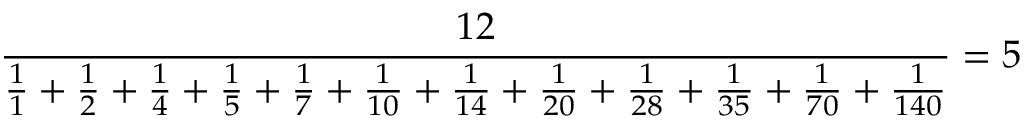
{ \frac { 1 2 } { { \frac { 1 } { 1 } } + { \frac { 1 } { 2 } } + { \frac { 1 } { 4 } } + { \frac { 1 } { 5 } } + { \frac { 1 } { 7 } } + { \frac { 1 } { 1 0 } } + { \frac { 1 } { 1 4 } } + { \frac { 1 } { 2 0 } } + { \frac { 1 } { 2 8 } } + { \frac { 1 } { 3 5 } } + { \frac { 1 } { 7 0 } } + { \frac { 1 } { 1 4 0 } } } } = 5